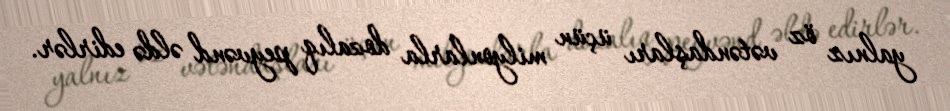
yalnız öz vətəndaşları üçün milyonlarla dozalıq peyvənd əldə edirlər.